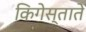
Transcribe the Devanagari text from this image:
किगेस्ताते